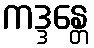
ကဒ္ဒန္တေ